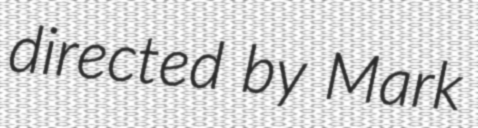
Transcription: directed by Mark